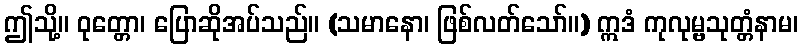
ဤသို့။ ဝုတ္တော၊ ပြောဆိုအပ်သည်။ (သမာနော၊ ဖြစ်လတ်သော်။) ဣဒံ ကုလုမ္ဗသုတ္တံနာမ၊